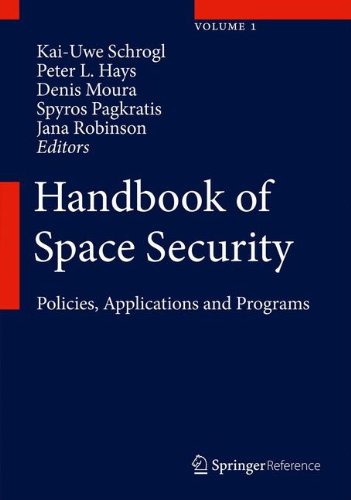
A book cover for Handbook of Space Security: Policies, Applications and Programs; Law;